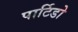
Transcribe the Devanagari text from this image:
पार्टिडो